Rangoon Lunatic Asylum 1878-1892 - 1878-1892
Year: 1878
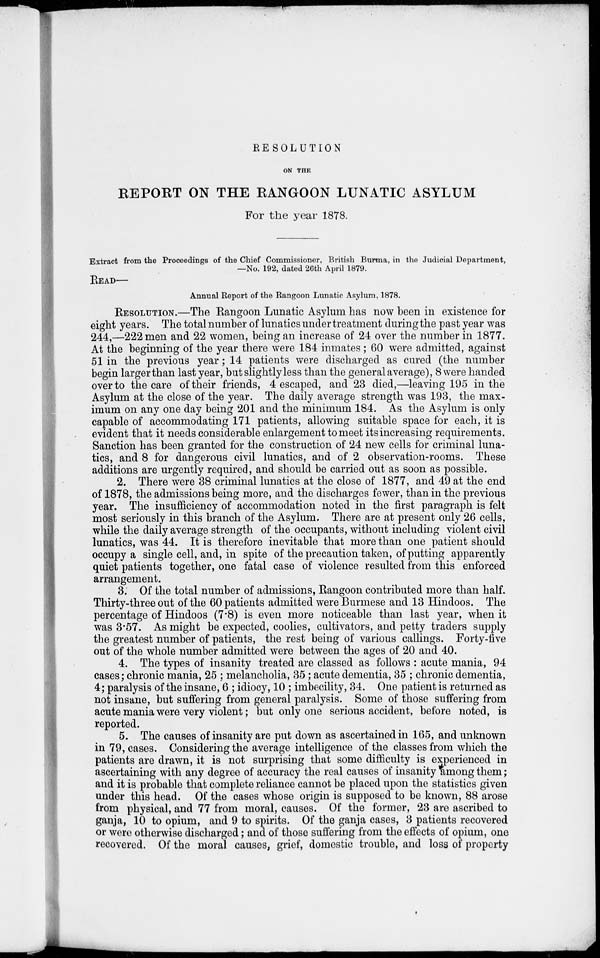
RESOLUTION
ON THE
REPORT ON THE RANGOON LUNATIC ASYLUM
For the year 1878.
Extract from the Proceedings of the Chief Commissioner, British Burma, in the Judicial Department,
—No. 192, dated 26th April 1879.
READ—
Annual Report of the Rangoon Lunatic Asylum, 1878.
RESOLUTION.—The Rangoon Lunatic Asylum has now been in existence for
eight years. The total number of lunatics under treatment during the past year was
244,—222 men and 22 women, being an increase of 24 over the number in 1877.
At the beginning of the year there were 184 inmates; 60 were admitted, against
51 in the previous year; 14 patients were discharged as cured (the number
begin larger than last year, but slightly less than the general average), 8 were handed
over to the care of their friends, 4 escaped, and 23 died,—leaving 195 in the
Asylum at the close of the year. The daily average strength was 193, the max-
imum on any one day being 201 and the minimum 184. As the Asylum is only
capable of accommodating 171 patients, allowing suitable space for each, it is
evident that it needs considerable enlargement to meet its increasing requirements.
Sanction has been granted for the construction of 24 new cells for criminal luna-
tics, and 8 for dangerous civil lunatics, and of 2 observation-rooms. These
additions are urgently required, and should be carried out as soon as possible.
2. There were 38 criminal lunatics at the close of 1877, and 49 at the end
of 1878, the admissions being more, and the discharges fewer, than in the previous
year. The insufficiency of accommodation noted in the first paragraph is felt
most seriously in this branch of the Asylum. There are at present only 26 cells,
while the daily average strength of the occupants, without including violent civil
lunatics, was 44. It is therefore inevitable that more than one patient should
occupy a single cell, and, in spite of the precaution taken, of putting apparently
quiet patients together, one fatal case of violence resulted from this enforced
arrangement.
3. Of the total number of admissions, Rangoon contributed more than half.
Thirty-three out of the 60 patients admitted were Burmese and 13 Hindoos. The
percentage of Hindoos (7.8) is even more noticeable than last year, when it
was 3.57. As might be expected, coolies, cultivators, and petty traders supply
the greatest number of patients, the rest being of various callings. Forty-five
out of the whole number admitted were between the ages of 20 and 40.
4. The types of insanity treated are classed as follows : acute mania, 94
cases; chronic mania, 25 ; melancholia, 35 ; acute dementia, 35 ; chronic dementia,
4; paralysis of the insane, 6 ; idiocy, 10 ; imbecility, 34. One patient is returned as
not insane, but suffering from general paralysis. Some of those suffering from
acute mania were very violent; but only one serious accident, before noted, is
reported.
5. The causes of insanity are put down as ascertained in 165, and unknown
in 79, cases. Considering the average intelligence of the classes from which the
patients are drawn, it is not surprising that some difficulty is experienced in
ascertaining with any degree of accuracy the real causes of insanity among them;
and it is probable that complete reliance cannot be placed upon the statistics given
under this head. Of the cases whose origin is supposed to be known, 88 arose
from physical, and 77 from moral, causes. Of the former, 23 are ascribed to
ganja, 10 to opium, and 9 to spirits. Of the ganja cases, 3 patients recovered
or were otherwise discharged; and of those suffering from the effects of opium, one
recovered. Of the moral causes, grief, domestic trouble, and loss of property